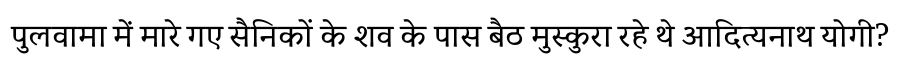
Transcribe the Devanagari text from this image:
पुलवामा में मारे गए सैनिकों के शव के पास बैठ मुस्कुरा रहे थे आदित्यनाथ योगी?